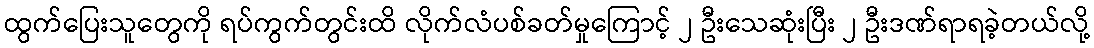
ထွက်ပြေးသူတွေကို ရပ်ကွက်တွင်းထိ လိုက်လံပစ်ခတ်မှုကြောင့် ၂ ဦးသေဆုံးပြီး ၂ ဦးဒဏ်ရာရခဲ့တယ်လို့